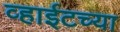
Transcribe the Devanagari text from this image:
व्हाईटच्या